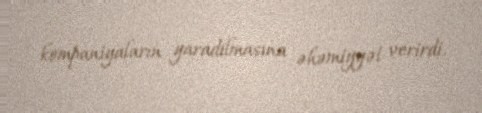
kompaniyaların yaradılmasına əhəmiyyət verirdi.